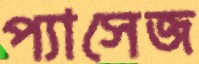
প্যাসেজ